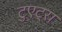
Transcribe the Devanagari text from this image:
टुएट्रा